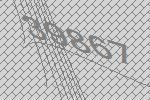
39867